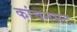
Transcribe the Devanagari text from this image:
कांचनभट